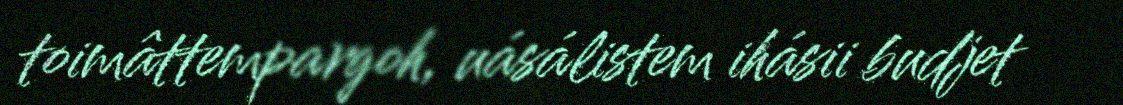
toimâttempargoh, uásálistem ihásii budjet